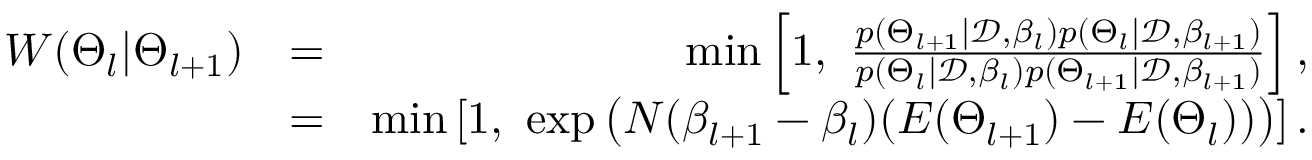
\begin{array} { r l r } { W ( \Theta _ { l } | \Theta _ { l + 1 } ) } & { = } & { \mathrm { m i n } \left[ 1 , \ \frac { p ( \Theta _ { l + 1 } | \mathcal { D } , \beta _ { l } ) p ( \Theta _ { l } | \mathcal { D } , \beta _ { l + 1 } ) } { p ( \Theta _ { l } | \mathcal { D } , \beta _ { l } ) p ( \Theta _ { l + 1 } | \mathcal { D } , \beta _ { l + 1 } ) } \right] , } \\ & { = } & { \mathrm { m i n } \left[ 1 , \ \exp \left( N ( \beta _ { l + 1 } - \beta _ { l } ) ( E ( \Theta _ { l + 1 } ) - E ( \Theta _ { l } ) ) \right) \right] . } \end{array}